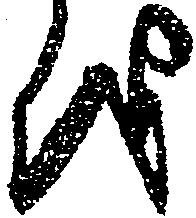
を